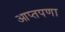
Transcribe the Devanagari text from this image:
आप्तपणा